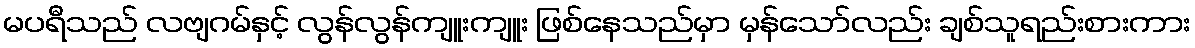
မပရီသည် လဗျဂမ်နှင့် လွန်လွန်ကျူးကျူး ဖြစ်နေသည်မှာ မှန်သော်လည်း ချစ်သူရည်းစားကား